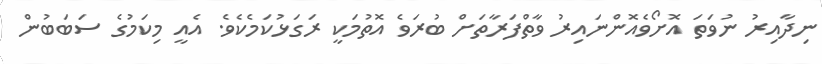
ނިދާއިރު ނުވަތަ އޮށޯވެއޮންނައިރު ވާތްފަރާތަށް ބުރަވެ އޮތުމަކީ ރަގަޅުކަމެކެވެ. އެއީ މިކަމުގެ ސަބަބުން